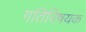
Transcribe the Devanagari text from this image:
गतिविषयक